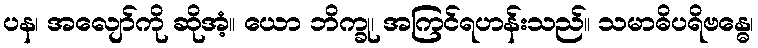
ပန၊ အလျော်ကို ဆိုအံ့။ ယော ဘိက္ခု၊ အကြင်ရဟန်းသည်။ သမာဓိပရိဗန္ဓေ၊